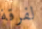
لفرقة